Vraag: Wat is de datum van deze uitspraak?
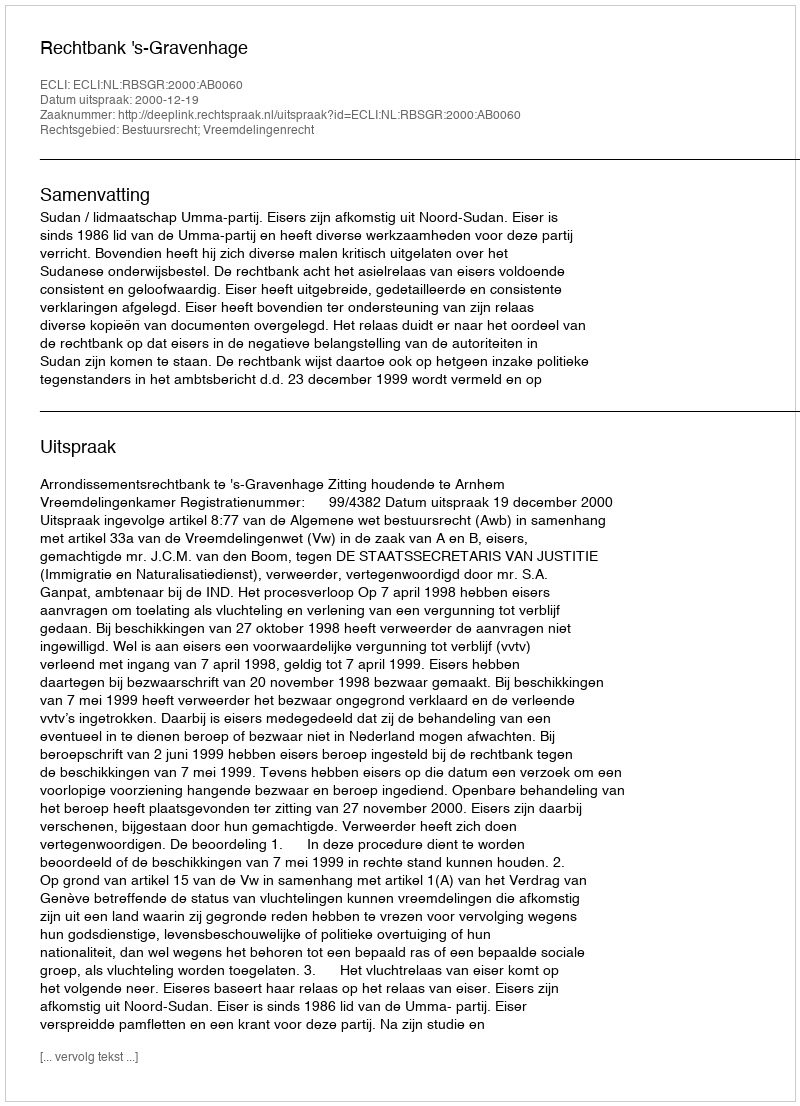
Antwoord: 2000-12-19